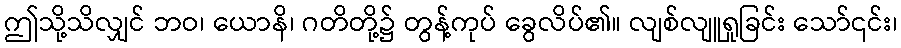
ဤသို့သိလျှင် ဘဝ၊ ယောနိ၊ ဂတိတို့၌ တွန့်ကုပ် ခွေလိပ်၏။ လျစ်လျူရှုခြင်း သော်၎င်း၊